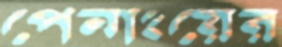
পেনাংয়ের